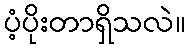
ပံ့ပိုးတာရှိသလဲ။